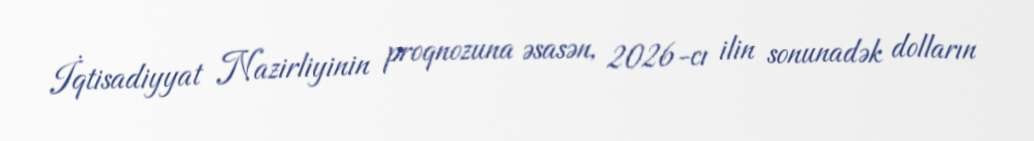
İqtisadiyyat Nazirliyinin proqnozuna əsasən, 2026-cı ilin sonunadək dolların